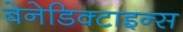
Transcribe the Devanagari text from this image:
बेनेडिक्टाइन्स